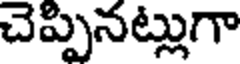
చెప్పినట్లుగా